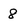
Character: 8